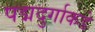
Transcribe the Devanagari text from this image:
पद्मदुर्गाकडे